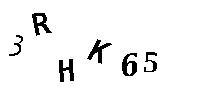
3RHK65